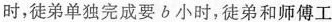
时，徒弟单独完成要b小时，徒弟和师傅工